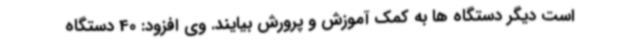
است دیگر دستگاه ها به کمک آموزش و پرورش بیایند. وی افزود: 40 دستگاه